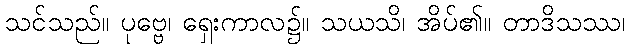
သင်သည်။ ပုဗ္ဗေ၊ ရှေးကာလ၌။ သယသိ၊ အိပ်၏။ တာဒိသဿ၊